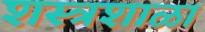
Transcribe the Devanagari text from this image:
शस्त्रशाळा